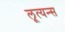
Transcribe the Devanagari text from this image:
लूत्यन्स